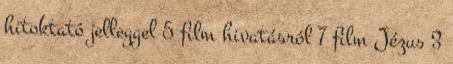
hitoktató jelleggel 5 film hivatásról 7 film Jézus 3